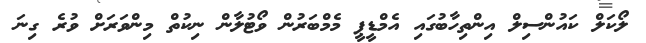
ލޯކަލް ކައުންސިލް އިންތިހާބުގައި އެމްޑީޕީ މެމްބަރުން ވޯޓުލާން ނިކުތް މިންވަރަށް ވުރެ ގިނަ